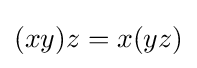
(xy)z=x(yz)